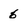
Character: 6